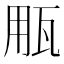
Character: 𤬶